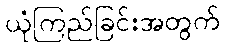
ယုံကြည်ခြင်းအတွက်